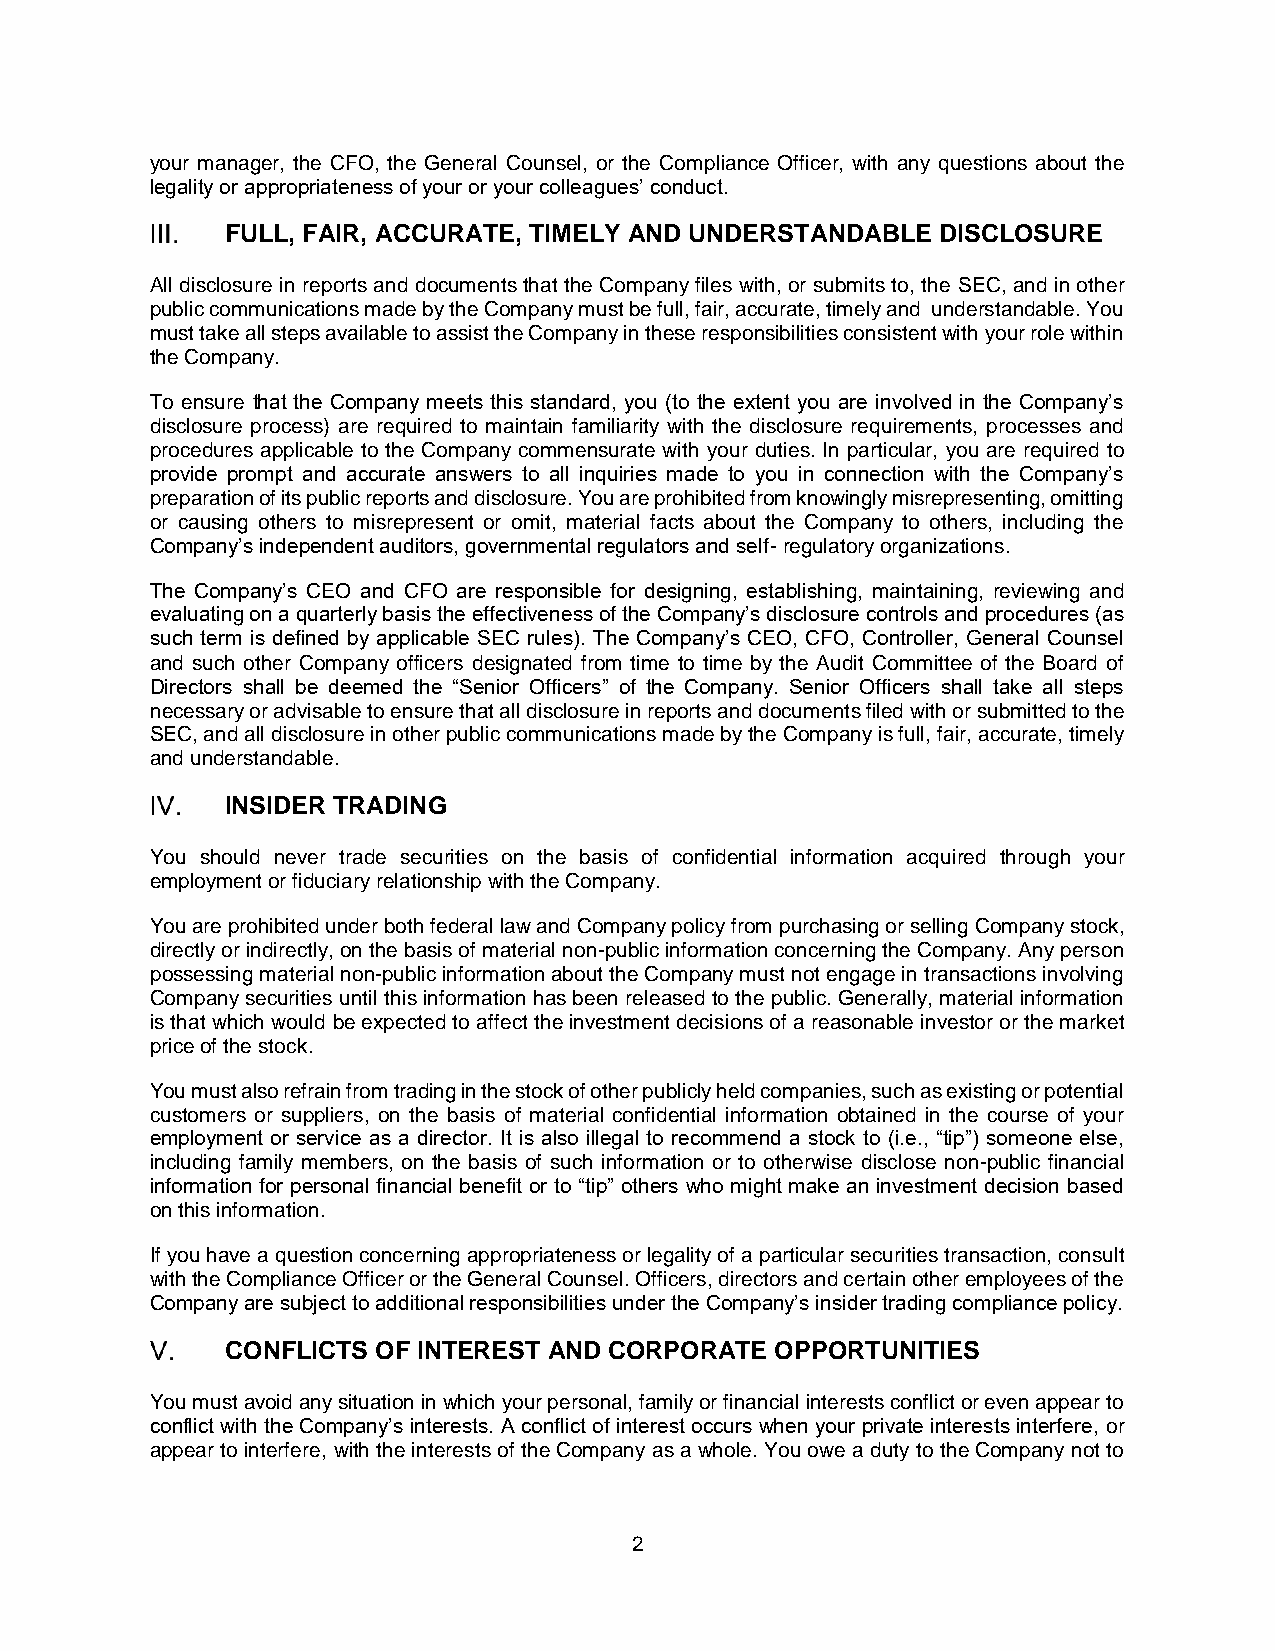
your manager, the CFO, the General Counsel, or the Compliance Officer, with any questions about the
 legality or appropriateness of your or your colleagues’ conduct.
 FULL, FAIR, ACCURATE, TIMELY AND UNDERSTANDABLE DISCLOSURE
 All disclosure in reports and documents that the Company files with, or submits to, the SEC, and in other
 public communications made by the Company must be full, fair, accurate, timely and understandable. You
 must take all steps available to assist the Company in these responsibilities consistent with your role within
 the Company.
 To ensure that the Company meets this standard, you (to the extent you are involved in the Company’s
 disclosure process) are required to maintain familiarity with the disclosure requirements, processes and
 procedures applicable to the Company commensurate with your duties. In particular, you are required to
 provide prompt and accurate answers to all inquiries made to you in connection with the Company’s
 preparation of its public reports and disclosure. You are prohibited from knowingly misrepresenting, omitting
 or causing others to misrepresent or omit, material facts about the Company to others, including the
 Company’s independent auditors, governmental regulators and self- regulatory organizations.
 The Company’s CEO and CFO are responsible for designing, establishing, maintaining, reviewing and
 evaluating on a quarterly basis the effectiveness of the Company’s disclosure controls and procedures (as
 such term is defined by applicable SEC rules). The Company’s CEO, CFO, Controller, General Counsel
 and such other Company officers designated from time to time by the Audit Committee of the Board of
 Directors shall be deemed the “Senior Officers” of the Company. Senior Officers shall take all steps
 necessary or advisable to ensure that all disclosure in reports and documents filed with or submitted to the
 SEC, and all disclosure in other public communications made by the Company is full, fair, accurate, timely
 and understandable.
 INSIDER TRADING
 You should never trade securities on the basis of confidential information acquired through your
 employment or fiduciary relationship with the Company.
 You are prohibited under both federal law and Company policy from purchasing or selling Company stock,
 directly or indirectly, on the basis of material non-public information concerning the Company. Any person
 possessing material non-public information about the Company must not engage in transactions involving
 Company securities until this information has been released to the public. Generally, material information
 is that which would be expected to affect the investment decisions of a reasonable investor or the market
 price of the stock.
 You must also refrain from trading in the stock of other publicly held companies, such as existing or potential
 customers or suppliers, on the basis of material confidential information obtained in the course of your
 employment or service as a director. It is also illegal to recommend a stock to (i.e., “tip”) someone else,
 including family members, on the basis of such information or to otherwise disclose non-public financial
 information for personal financial benefit or to “tip” others who might make an investment decision based
 on this information.
 If you have a question concerning appropriateness or legality of a particular securities transaction, consult
 with the Compliance Officer or the General Counsel. Officers, directors and certain other employees of the
 Company are subject to additional responsibilities under the Company’s insider trading compliance policy.
 CONFLICTS OF INTEREST AND CORPORATE OPPORTUNITIES
 You must avoid any situation in which your personal, family or financial interests conflict or even appear to
 conflict with the Company’s interests. A conflict of interest occurs when your private interests interfere, or
 appear to interfere, with the interests of the Company as a whole. You owe a duty to the Company not to
 2